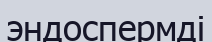
эндоспермді